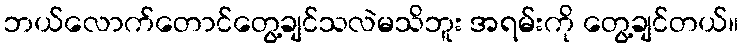
ဘယ်လောက်တောင်တွေ့ချင်သလဲမသိဘူး အရမ်းကို တွေ့ချင်တယ်။